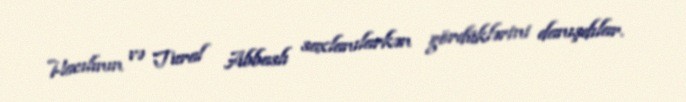
Hacılının və Tural Abbaslı saxlanılarkən gördüklərini danışdılar.